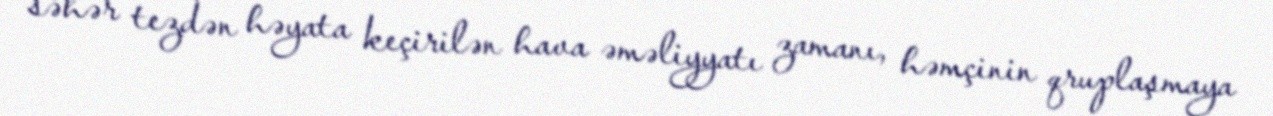
səhər tezdən həyata keçirilən hava əməliyyatı zamanı, həmçinin qruplaşmaya